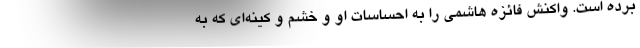
برده است. واکنش فائزه هاشمی را به احساسات او و خشم و کینه‌ای که به